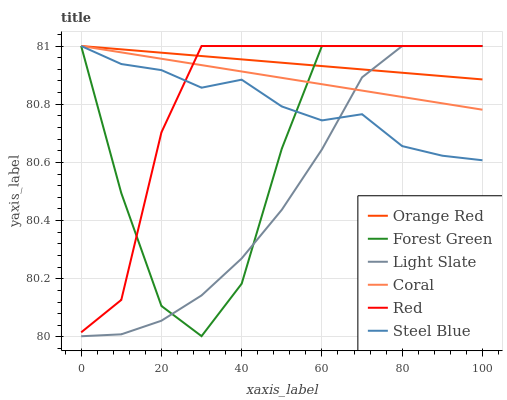
| xaxis_label | Orange Red | Forest Green | Light Slate | Coral | Red | Steel Blue |
 | --- | --- | --- | --- | --- | --- | --- |
 | 0 | 81 | 81 | 80 | 81 | 80 | 81 |
 | 10 | 81 | 80.5 | 80 | 81 | 80.1 | 80.9 |
 | 20 | 81 | 80.1 | 80.1 | 81 | 80.7 | 80.9 |
 | 30 | 81 | 80 | 80.1 | 80.9 | 81 | 80.9 |
 | 40 | 81 | 80.2 | 80.3 | 80.9 | 81 | 80.9 |
 | 50 | 80.9 | 80.6 | 80.4 | 80.9 | 81 | 80.8 |
 | 60 | 80.9 | 81 | 80.6 | 80.9 | 81 | 80.7 |
 | 70 | 80.9 | 81 | 80.9 | 80.8 | 81 | 80.8 |
 | 80 | 80.9 | 81 | 81 | 80.8 | 81 | 80.7 |
 | 90 | 80.9 | 81 | 81 | 80.8 | 81 | 80.6 |
 | 100 | 80.9 | 81 | 81 | 80.8 | 81 | 80.6 |